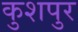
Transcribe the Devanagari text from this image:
कुशपुर